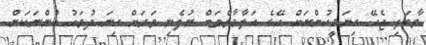
ވާބަލި ޖެހޭ ގިނަމީހުންނަށް އޭގެ އަލާމާތްތައް ނުފެނި ވަރަށް ގިނަ ދުވަހު ހުންނަކަން